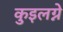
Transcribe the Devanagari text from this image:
कुइलग्ने